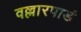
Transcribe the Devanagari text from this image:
वल्लारपाडं